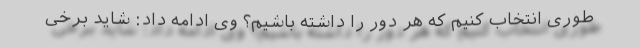
طوری انتخاب کنیم که هر دور را داشته باشیم؟ وی ادامه داد: شاید برخی